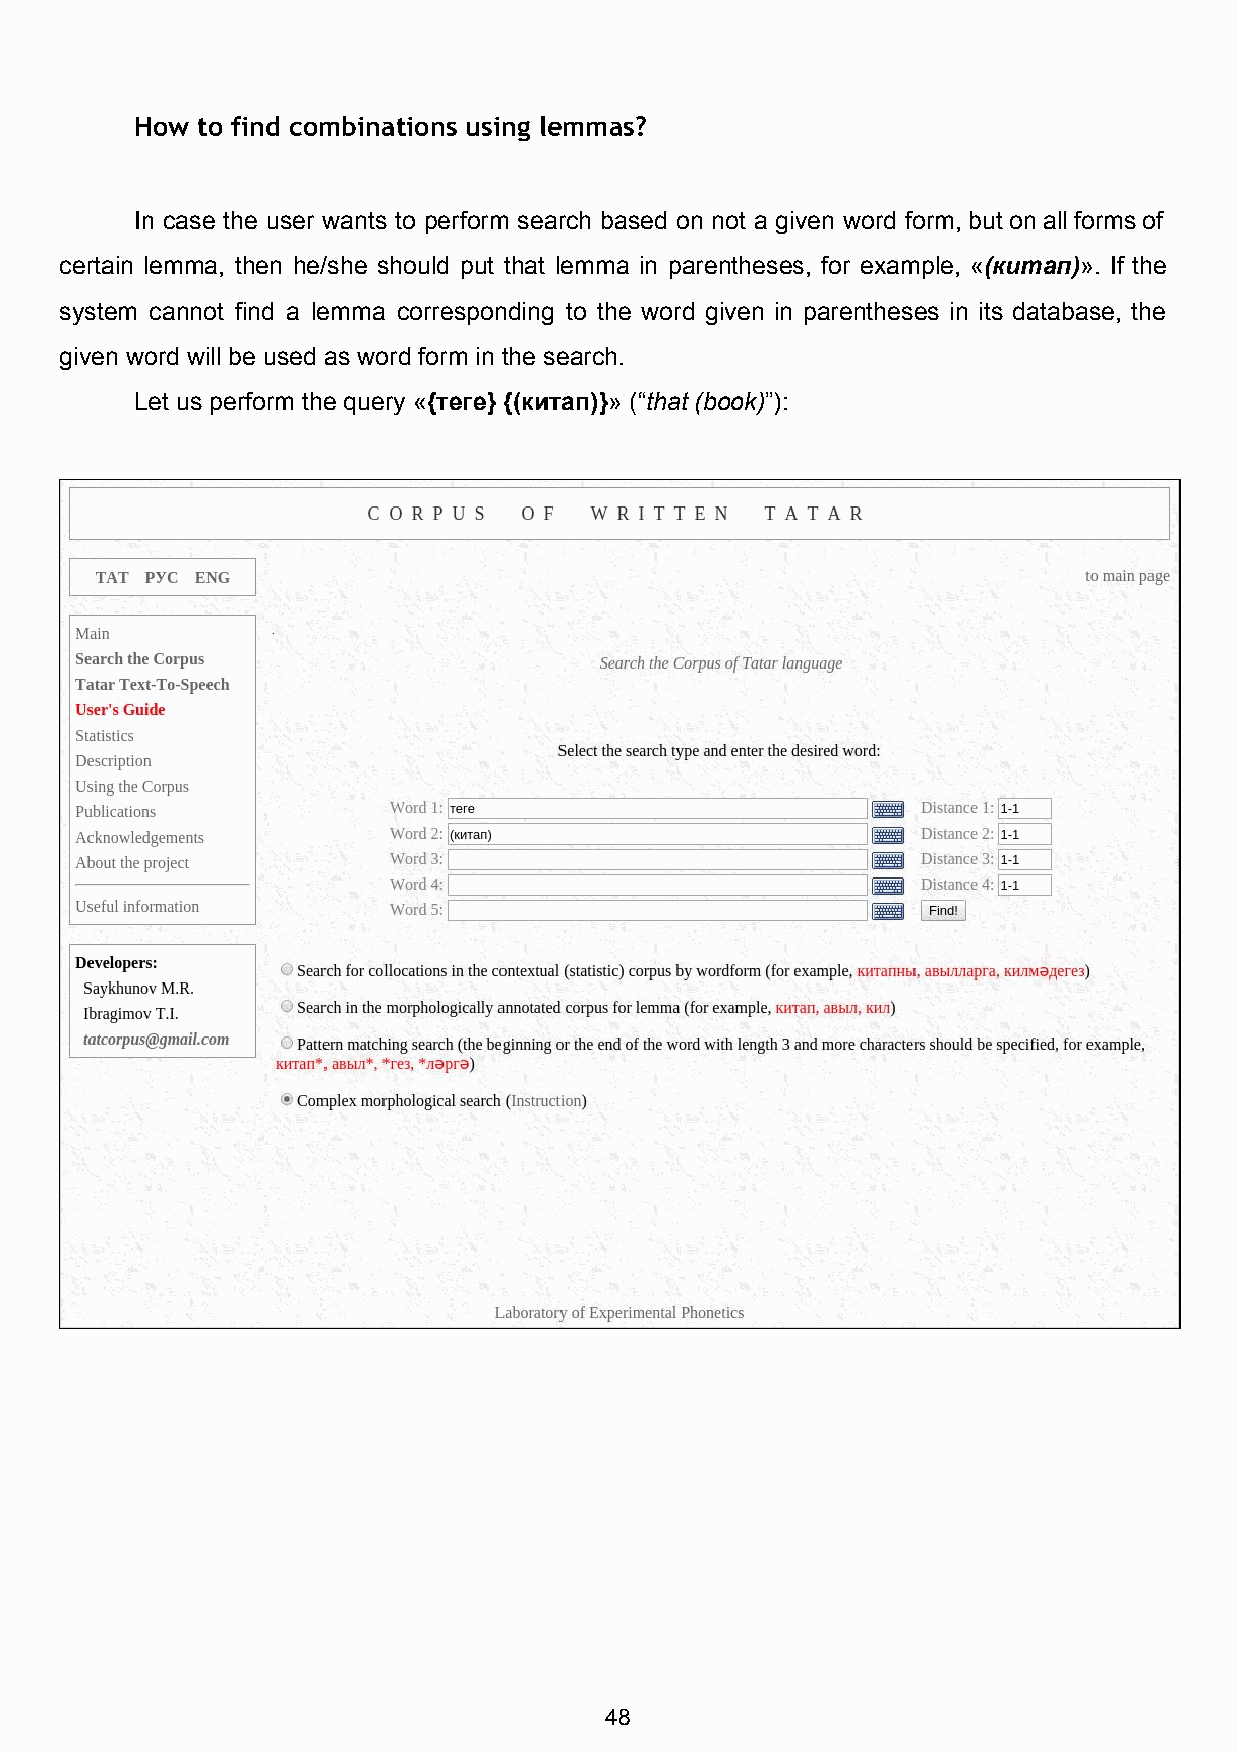
How to find combinations using lemmas?
 In case the user wants to perform search based on not a given word form, but on all forms of
 certain lemma, then he/she should put that lemma in parentheses, for example, «(китап)». If the
 ​     ​
 system cannot find a lemma corresponding to the word given in parentheses in its database, the
 given word will be used as word form in the search.
 Let us perform the query «{теге} {(китап)}» (“that (book)”):
 ​           ​​​​      ​
 48